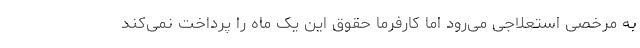
به مرخصی استعلاجی می‌رود اما کارفرما حقوق این یک ماه را پرداخت نمی‌کند